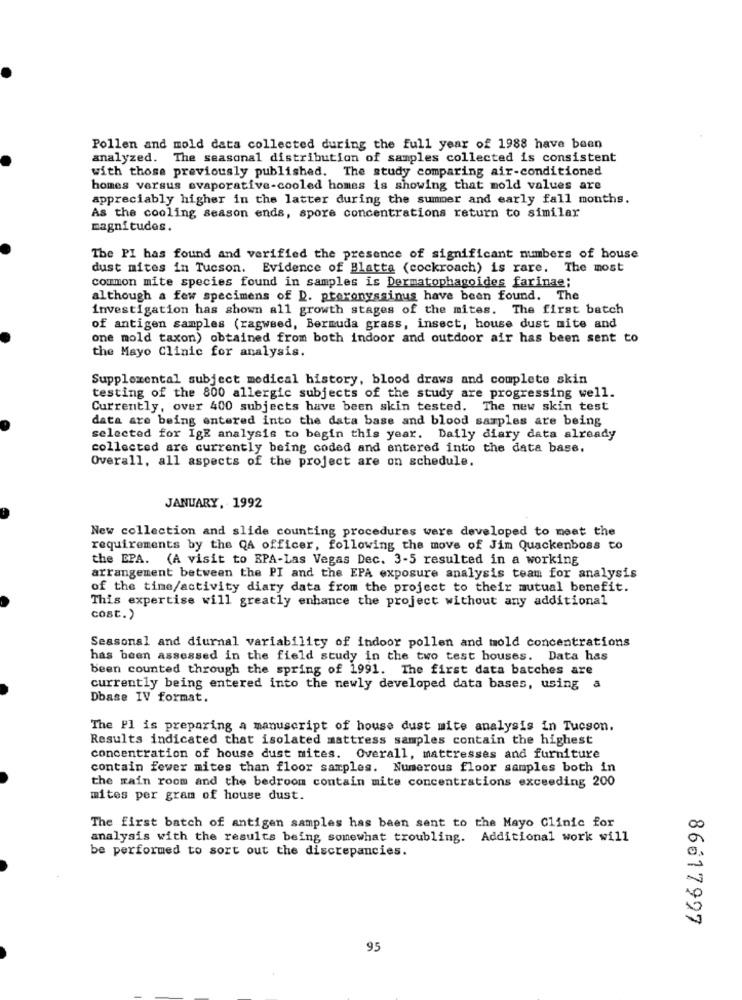
Pollen and mold data collected during the full year of 1988 have been
analyzed.
The seasonal distribution of samples collected is consistent
with those previously published. The study comparing air-conditioned
homes versus evaporative-cooled homes is showing that mold values are
appreciably higher in the latter during the summer and early fall months.
As the cooling season ends, spore concentrations return to similar
magnitudes.
The PI has found and verified the presence of significant numbers of house
dust mites in Tucson. Evidence of Blatta (cockroach) is rare. The most
common mite species found in samples is Dermatophagoides farinae;
although a few specimens of D. ptoronyssinus have been found. The
investigation has shown all growth stages of the mites. The first batch
of antigen samples (ragweed, Bermuda grass, insect, house dust mite and
one mold taxon) obtained from both indoor and outdoor air has been sent to
the Mayo Clinic for analysis.
Supplemental subject medical history, blood draws and complete skin
testing of the 800 allergic subjects of the study are progressing well.
Currently, over 400 subjects have been skin tested. The new skin test
data are being entered into the data base and blood samples are being
selected for IgE analysis to begin this year. Daily diary data already
collected are currently being coded and entered into the data base.
Overall, all aspects of the project are on schedule.
JANUARY, 1992
New collection and slide counting procedures were developed to meet the
requirements by the QA officer, following the move of Jim Quackenboss to
the EPA. (A visit to PA-Las Vegas Dec. 3-5 resulted in a working
arrangement between the PI and the EPA exposure analysis team for analysis
of the time/activity diary data from the project to their mutual benefit.
This expertise will greatly enhance the project without any additional
cost.)
Seasonal and diurnal variability of indoor pollen and mold concentrations
has been assessed in the field study in the two test houses. Data has
been counted through the spring of 1991. The first data batches are
currently being entered into the newly developed data bases, using a
Dbase IV format.
The Fl is preparing a manuscript of house dust mite analysis in Tucson.
Results indicated that isolated mattress samples contain the highest
concentration of house dust mites. Overall, mattresses and furniture
contain fewer mites than floor samples. Numerous floor samples both in
the main room and the bedroom contain mite concentrations exceeding 200
mites per gram of house dust.
The first batch of antigen samples has been sent to the Mayo Clinic for
analysis with the results being somewhat troubling. Additional work will
be performed to sort out the discrepancies.
86617997
95